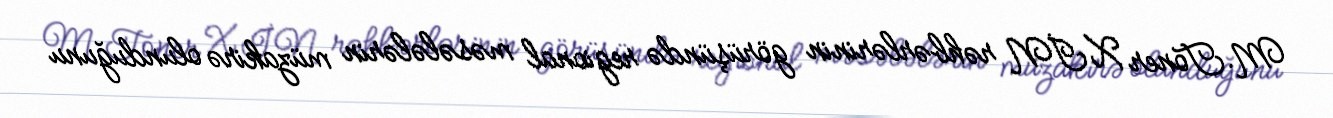
M.Toner XİN rəhbərlərinin görüşündə regional məsələlərin müzakirə olunduğunu